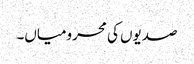
صدیوں کی محرومیاں۔